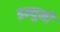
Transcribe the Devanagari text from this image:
इम्युनो